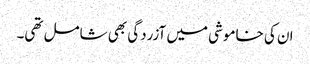
ان کی خاموشی میں آزردگی بھی شامل تھی۔